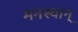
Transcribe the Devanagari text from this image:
मनस्वान्